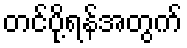
တင်ပို့ရန်အတွက်